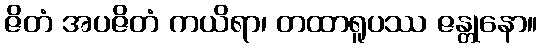
ဇိတံ အပဇိတံ ကယိရာ၊ တထာရူပဿ ဇန္တုနော။